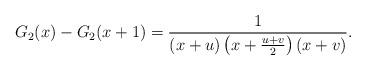
LaTeX: \begin{align*}G_2(x)-G_2(x+1)=\frac{1}{(x+u)\left(x+\frac{u+v}{2}\right)\left(x+v\right)} .\end{align*}